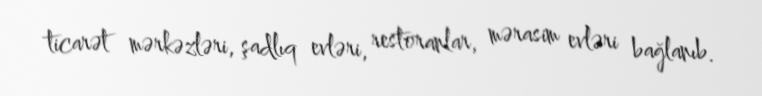
ticarət mərkəzləri, şadlıq evləri, restoranlar, mərasim evləri bağlanıb.